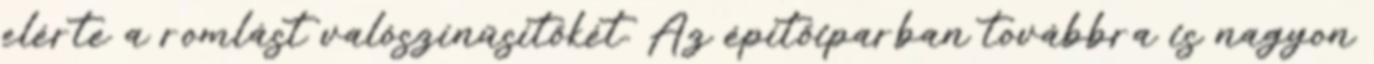
elérte a romlást valószínűsítőkét. Az építőiparban továbbra is nagyon